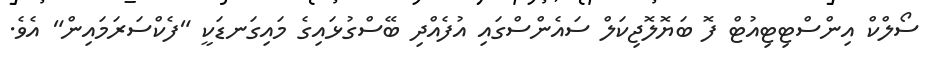
ސޯލްކް އިންސްޓިޓިއުޓް ފޮ ބަޔޮލޮޖިކަލް ސައެންސްގައި އުފެއްދި ބޭސްގުޅައިގެ މައިގަނޑަކީ "ފެކްސަރަމައިން" އެވެ.